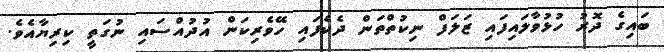
ބައިގެ ދޮރު ހުޅުވާލައިފައި ޒަލަފް ނިކުތްތަން ދެކެފައި ހޭވެރިކަން އުދުއްސައި ނުގަތީ ކިރިޔާއެވެ.